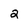
Character: 2